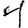
Digit: 4